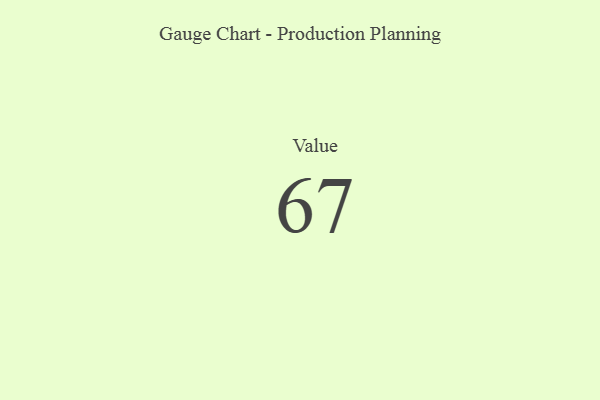
{"axis": {"x": "Metric", "y": "Value"}, "legend": [""], "data": [{"x": "Value", "y": 67, "type": ""}]}